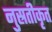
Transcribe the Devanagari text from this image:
नुस्रतीकृत